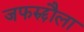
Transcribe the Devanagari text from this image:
जफरुद्दौला